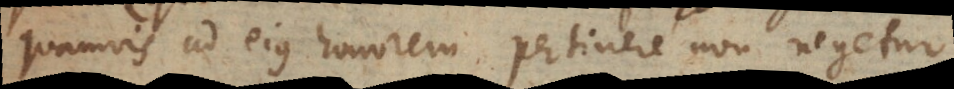
quamvis ad ejus honorem pertinere non negetur.